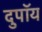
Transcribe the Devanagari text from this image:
दुपॉय